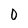
Character: 0